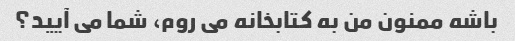
باشه ممنون من به کتابخانه می روم، شما می آیید؟